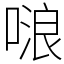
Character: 𠺘